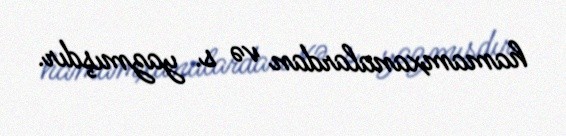
hamamxanalardan və s. yazmışdır.